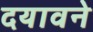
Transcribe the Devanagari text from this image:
दयावने